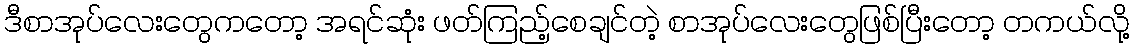
ဒီစာအုပ်လေးတွေကတော့ အရင်ဆုံး ဖတ်ကြည့်စေချင်တဲ့ စာအုပ်လေးတွေဖြစ်ပြီးတော့ တကယ်လို့